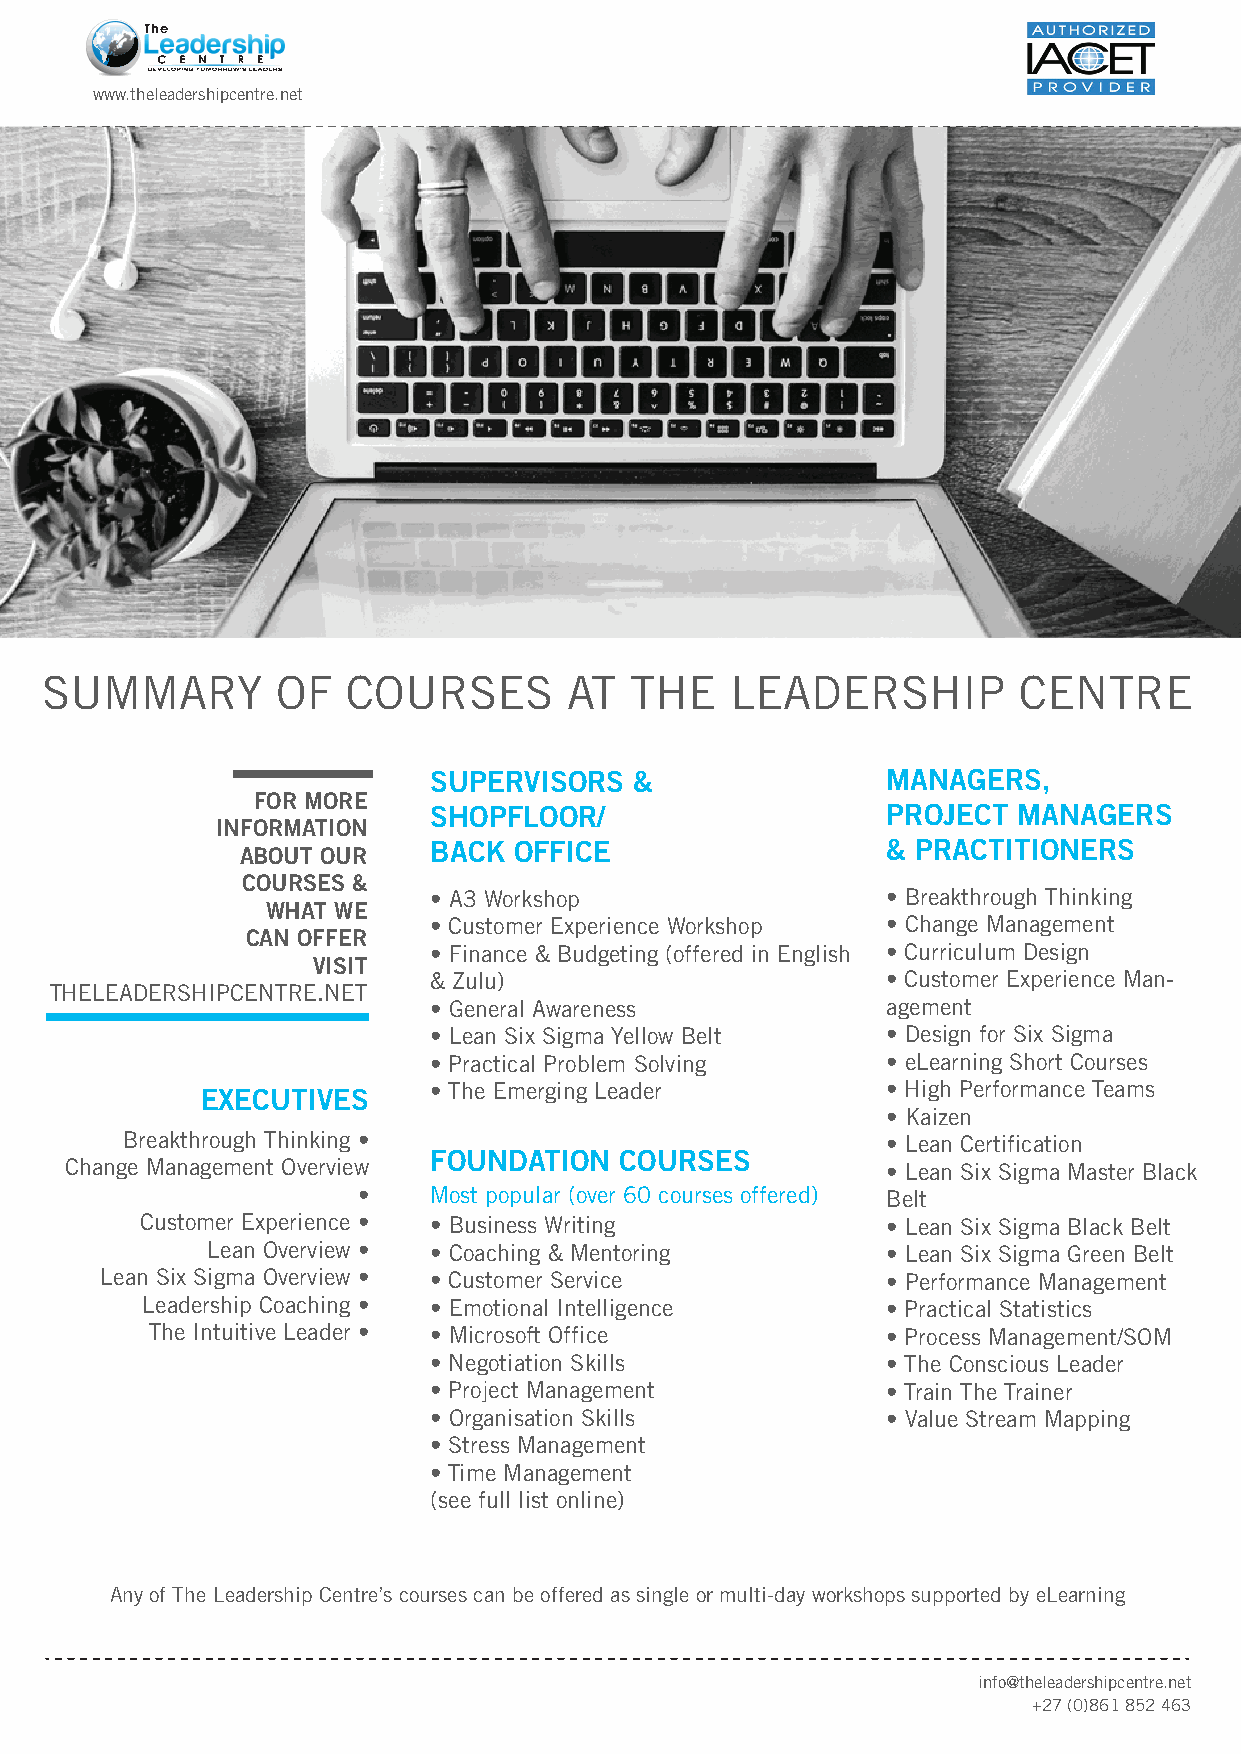
www.theleadershipcentre.net
 SUMMARY        OF   COURSES        AT  THE   LEADERSHIP         CENTRE
 SUPERVISORS   &                MANAGERS,
 FOR MORE
 SHOPFLOOR/                     PROJECT MANAGERS
 INFORMATION
 BACK  OFFICE                   & PRACTITIONERS
 ABOUT OUR
 COURSES &
 • A3 Workshop                  • Breakthrough Thinking
 WHAT WE
 • Customer Experience Workshop • Change Management
 CAN OFFER
 • Finance & Budgeting (offered in English • Curriculum Design
 VISIT
 & Zulu)                        • Customer Experience Man-
 THELEADERSHIPCENTRE.NET
 • General Awareness            agement
 • Lean Six Sigma Yellow Belt   • Design for Six Sigma
 • Practical Problem Solving    • eLearning Short Courses
 • The Emerging Leader          • High Performance Teams
 EXECUTIVES
 • Kaizen
 Breakthrough Thinking •                            • Lean Certification
 FOUNDATION   COURSES
 Change Management Overview                             • Lean Six Sigma Master Black
 •   Most popular (over 60 courses offered) Belt
 Customer Experience • • Business Writing          • Lean Six Sigma Black Belt
 Lean Overview • • Coaching & Mentoring       • Lean Six Sigma Green Belt
 Lean Six Sigma Overview • • Customer Service        • Performance Management
 Leadership Coaching • • Emotional Intelligence    • Practical Statistics
 The Intuitive Leader • • Microsoft Office        • Process Management/SOM
 • Negotiation Skills           • The Conscious Leader
 • Project Management           • Train The Trainer
 • Organisation Skills          • Value Stream Mapping
 • Stress Management
 • Time Management
 (see full list online)
 Any of The Leadership Centre’s courses can be offered as single or multi-day workshops supported by eLearning
 info@theleadershipcentre.net
 +27 (0)861 852 463